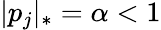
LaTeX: |p_{j}|_{*}=\alpha<1